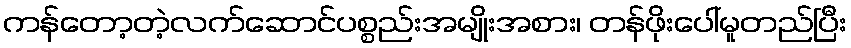
ကန်တော့တဲ့လက်ဆောင်ပစ္စည်းအမျိုးအစား၊ တန်ဖိုးပေါ်မူတည်ပြီး